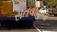
સતવાહના